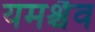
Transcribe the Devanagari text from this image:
यमश्चैव